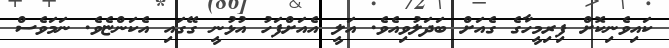
ކައިވެނިކޮށް ފިރިމީހާގެ ގެއަށް ބަދަލުވިއެވެ. އަލީ އެއަށްފަހު އުޅުނީ ގޭގައި އެކަންޏެވެ. ނަމަވެސް